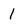
Character: 1